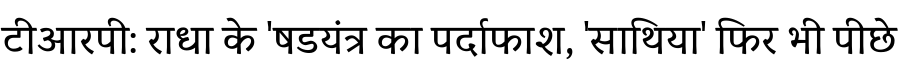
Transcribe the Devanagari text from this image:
टीआरपी: राधा के 'षडयंत्र का पर्दाफाश, 'साथिया' फिर भी पीछे